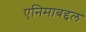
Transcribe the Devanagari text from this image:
एनिमाबद्दल